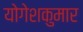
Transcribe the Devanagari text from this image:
योगेशकुमार